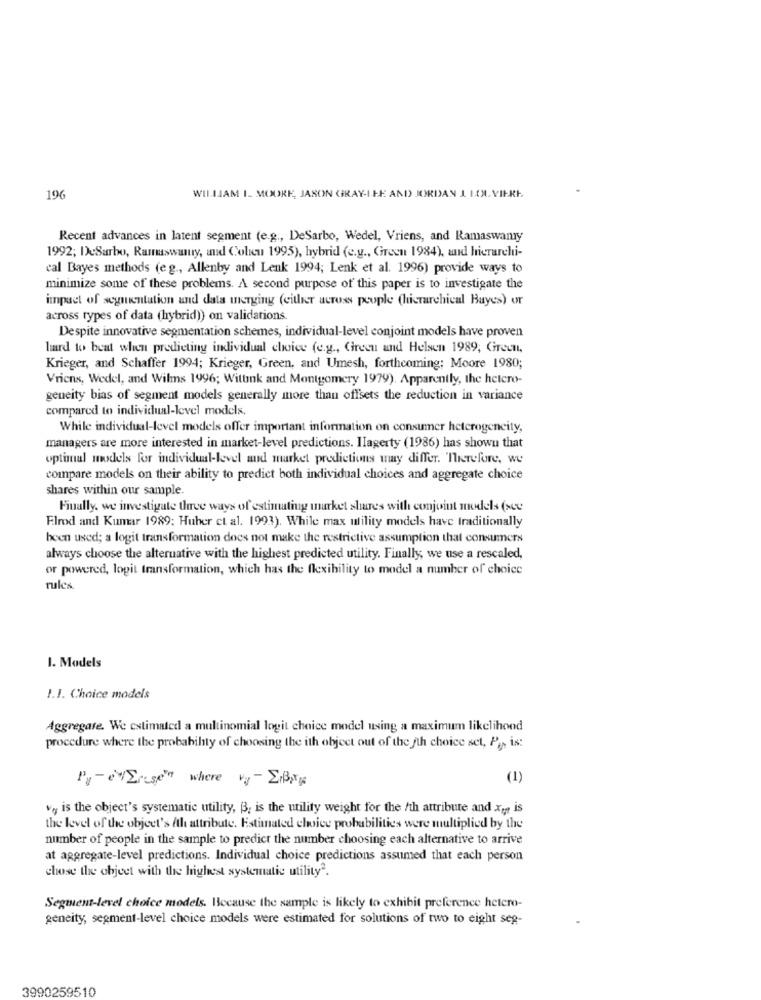
196
WILLIAM I. MOORE, JASON GRAY-ILE AND JORDAN I LOL. VIERE.
Recent advances in latent segment (e.g ., DeSarbo, Wedel, Vriens, and Ramaswamy
1992; I)cSarbo, Ramaswamy, and Colieu 1995), hybrid (e.g ., Green 1984), and hierarchi-
cal Bayes methods (eg ., Allenby and Lenk 1994; Lenk et al. 1996) provide ways to
minimize some of these problems. A second purpose of this paper is to investigate the
impact of segmentation and data merging (either across people (hierarchical Bayes) or
across types of data (hybrid)) on validations.
Despite innovative segmentation schemes, individual-level conjoint models have proven
hard to beat when predicting individual choice (e.g ., Green and Helsen 1989; Green,
Krieger, and Schaffer 1994; Krieger, Green, and Umesh, forthcoming; Moore 1980;
Vriens, Wedel, and Wilms 1996; Wittink and Montgomery 1979). Apparently, the hetero-
geneity bias of segment models generally more than offsets the reduction in variance
compared to individual-level models,
While individual-level models offer important information on consumer heterogeneity,
managers are more interested in market-level predictions. Ilagerty (1986) has shown that
optimal models for individual-level and market predictions may differ. Therefore, we
compare models on their ability to predict both individual choices and aggregate choice
shares within our sample.
Finally, we investigate three ways of estimating market shares with conjoint models (sce
Flrod and Kumar 1989: Huber et al. 1993). While max utility models have traditionally
been used; a logit transformation does not make the restrictive assumption that consumers
always choose the alternative with the highest predicted utility. Finally, we use a rescaled,
or powered, logit transformation, which has the flexibility to model a number of choice
rules.
1. Models
1.1. Choice models
Aggregate. We estimated a multinomial logit choice model using a maximum likelihood
procedure where the probability of choosing the ith object out of the fth choice set, Pap is:
Pre Ersten where vy - EB
(1)
vy is the object's systematic utility, B, is the utility weight for the /th attribute and Xy is
the level of the object's fth attribute. Estimated choice probabilities were multiplied by the
number of people in the sample to predict the number choosing each alternative to arrive
at aggregate-level predictions. Individual choice predictions assumed that each person
chose the object with the highest systematic utility2.
Segment-level choice models. Because the sample is likely to exhibit preference hetero-
geneity, segment-level choice models were estimated for solutions of two to eight seg-
3990259510